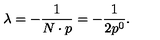
\lambda = - \frac { 1 } { N \cdot p } = - \frac { 1 } { 2 p ^ { 0 } } .